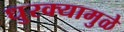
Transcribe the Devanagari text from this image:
धुरक्यामुळे